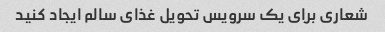
شعاری برای یک سرویس تحویل غذای سالم ایجاد کنید